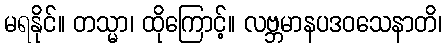
မရနိုင်။ တသ္မာ၊ ထိုကြောင့်။ လဗ္ဘမာနပဒဝသေနာတိ၊